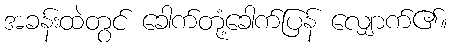
အခန်းထဲတွင် ခေါက်တုံ့ခေါက်ပြန် လျှောက်၏။